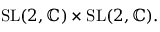
{ \mathrm { S L } } ( 2 , \mathbb { C } ) \times { \mathrm { S L } } ( 2 , \mathbb { C } ) .